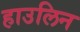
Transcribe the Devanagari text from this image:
हाउलिन